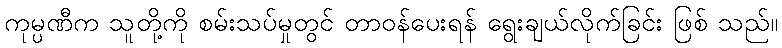
ကုမ္ပဏီက သူတို့ကို စမ်းသပ်မှုတွင် တာဝန်ပေးရန် ရွေးချယ်လိုက်ခြင်း ဖြစ် သည်။